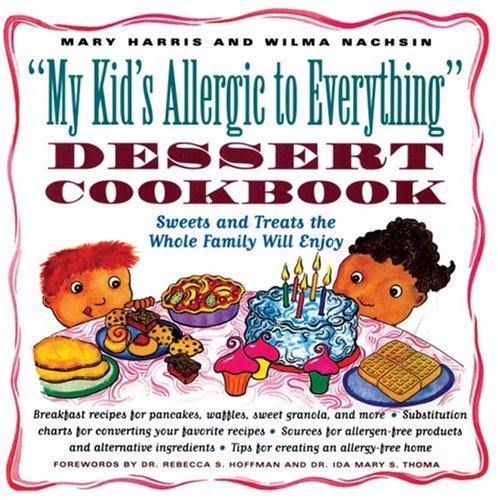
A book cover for My Kid's Allergic to Everything Dessert Cookbook: More Than 80 Recipes for Sweets and Treats the Whole Family Will Enjoy; Mary Harris; Health, Fitness & Dieting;